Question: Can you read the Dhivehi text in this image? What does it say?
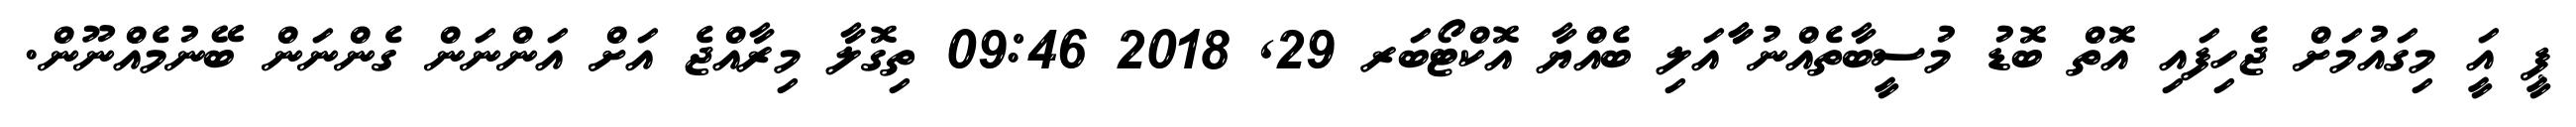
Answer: ޕީ އަީ މިގައުމަށް ޖެހިފައި އޮތް ބޮޑު މުސީބާތެއްނު ާާއަލި ބެއްޔާ އޮކްޓޯބަރ 29, 2018 09:46 ތިގޮލާ މިރާއްޖެ އަށް އަންނަން ގެންނަން ބޭނުމެއްނޫން.